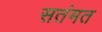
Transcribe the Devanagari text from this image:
सतंमत